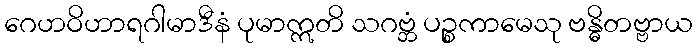
ဂေဟဝိဟာရဂါမာဒီနံ ပုမာဣတိ သဂဗ္ဘံ ပဉ္စကာမေသု ဗန္ဓိတဗ္ဗာယ